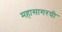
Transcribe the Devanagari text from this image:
महासागरयी